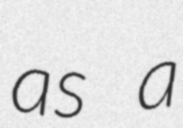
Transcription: as a